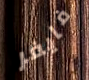
فايفر